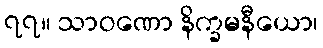
၇၇။ သာဝဏော နိက္ခမနီယော၊